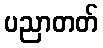
ပညာတတ်